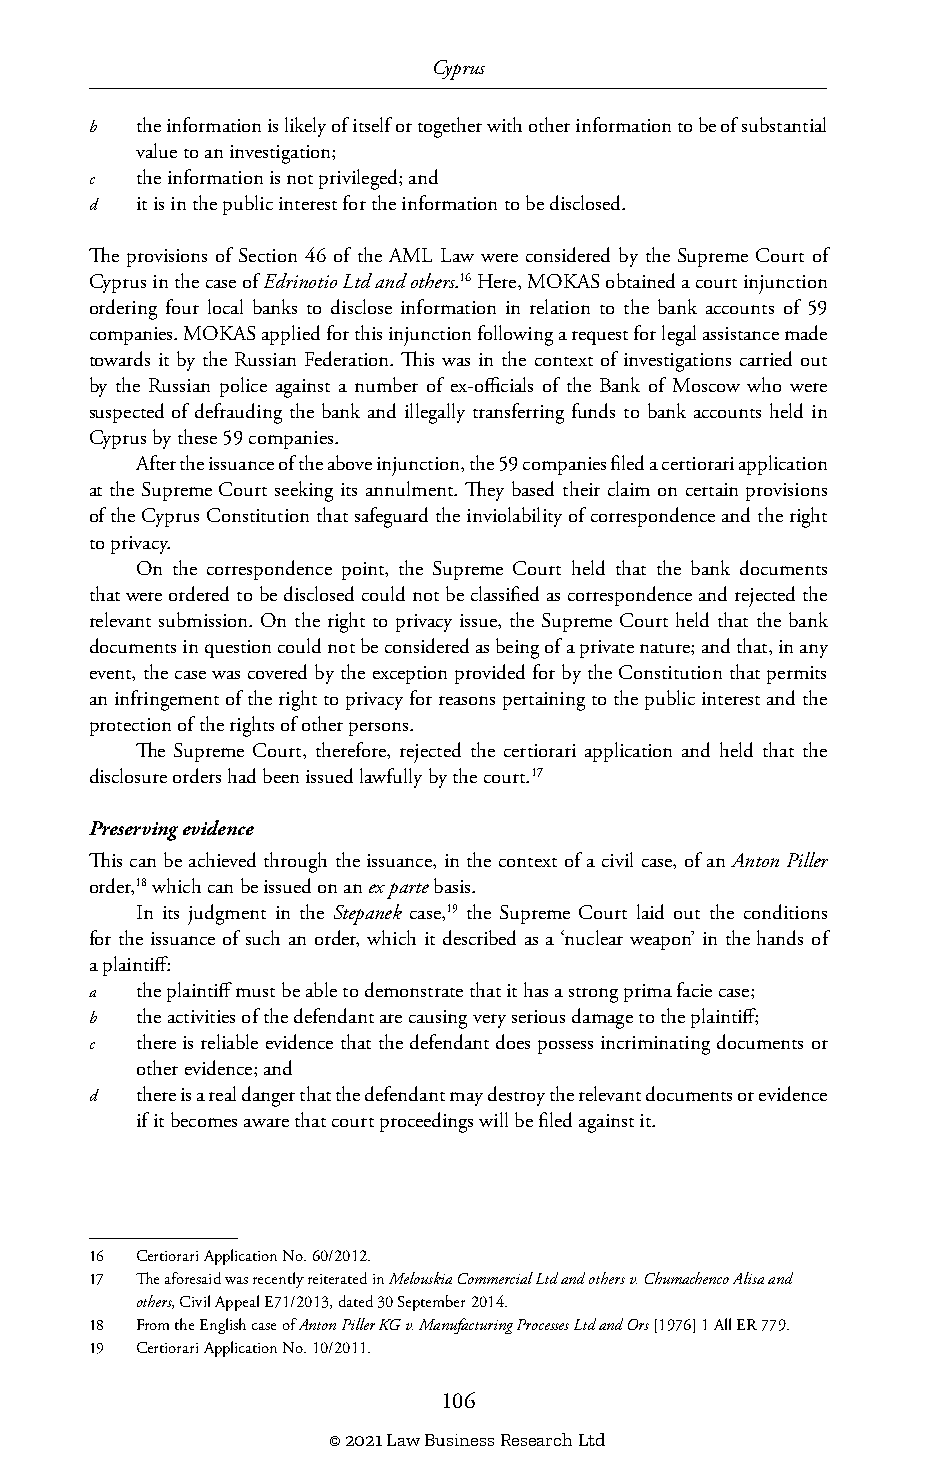
Cyprus
 b  the information is likely of itself or together with other information to be of substantial
 value to an investigation;
 c  the information is not privileged; and
 d  it is in the public interest for the information to be disclosed.
 The provisions of Section 46 of the AML Law were considered by the Supreme Court of
 Cyprus in the case of Edrinotio Ltd and others.16 Here, MOKAS obtained a court injunction
 ordering four local banks to disclose information in relation to the bank accounts of 59
 companies. MOKAS applied for this injunction following a request for legal assistance made
 towards it by the Russian Federation. This was in the context of investigations carried out
 by the Russian police against a number of ex-officials of the Bank of Moscow who were
 suspected of defrauding the bank and illegally transferring funds to bank accounts held in
 Cyprus by these 59 companies.
 After the issuance of the above injunction, the 59 companies filed a certiorari application
 at the Supreme Court seeking its annulment. They based their claim on certain provisions
 of the Cyprus Constitution that safeguard the inviolability of correspondence and the right
 to privacy.
 On the correspondence point, the Supreme Court held that the bank documents
 that were ordered to be disclosed could not be classified as correspondence and rejected the
 relevant submission. On the right to privacy issue, the Supreme Court held that the bank
 documents in question could not be considered as being of a private nature; and that, in any
 event, the case was covered by the exception provided for by the Constitution that permits
 an infringement of the right to privacy for reasons pertaining to the public interest and the
 protection of the rights of other persons.
 The Supreme Court, therefore, rejected the certiorari application and held that the
 disclosure orders had been issued lawfully by the court.17
 Preserving evidence
 This can be achieved through the issuance, in the context of a civil case, of an Anton Piller
 order,18 which can be issued on an ex parte basis.
 In its judgment in the Stepanek case,19 the Supreme Court laid out the conditions
 for the issuance of such an order, which it described as a ‘nuclear weapon’ in the hands of
 a plaintiff:
 a  the plaintiff must be able to demonstrate that it has a strong prima facie case;
 b  the activities of the defendant are causing very serious damage to the plaintiff;
 c  there is reliable evidence that the defendant does possess incriminating documents or
 other evidence; and
 d  there is a real danger that the defendant may destroy the relevant documents or evidence
 if it becomes aware that court proceedings will be filed against it.
 16 Certiorari Application No. 60/2012.
 17 The aforesaid was recently reiterated in Melouskia Commercial Ltd and others v. Chumachenco Alisa and
 others, Civil Appeal E71/2013, dated 30 September 2014.
 18 From the English case of Anton Piller KG v. Manufacturing Processes Ltd and Ors [1976] 1 All ER 779.
 19 Certiorari Application No. 10/2011.
 106
 © 2021 Law Business Research Ltd